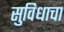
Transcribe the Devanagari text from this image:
सुविधाचा